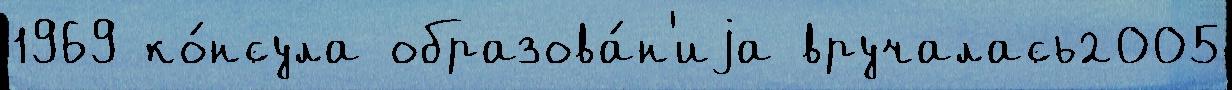
1969 ко́нсула образова́н'иjа вручалась2005